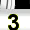
Digit: 3